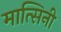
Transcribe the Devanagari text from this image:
मात्सिनी